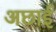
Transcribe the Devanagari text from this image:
अछाई